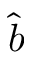
\hat { b }